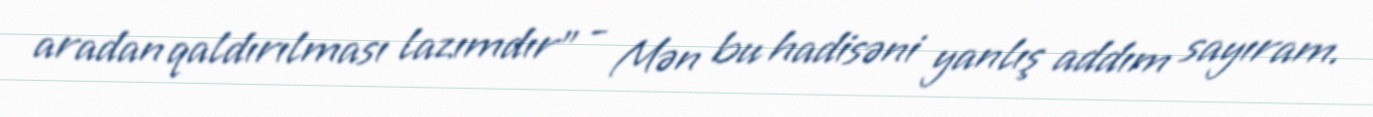
aradan qaldırılması lazımdır” - Mən bu hadisəni yanlış addım sayıram.